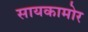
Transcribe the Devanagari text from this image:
सायकामोर